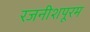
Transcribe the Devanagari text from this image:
रजनीशपूरम